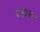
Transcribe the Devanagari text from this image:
ब्न्हारत